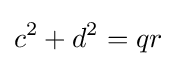
c^{2}+d^{2}=qr